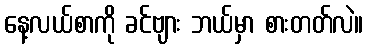
နေ့လယ်စာကို ခင်ဗျား ဘယ်မှာ စားတတ်လဲ။